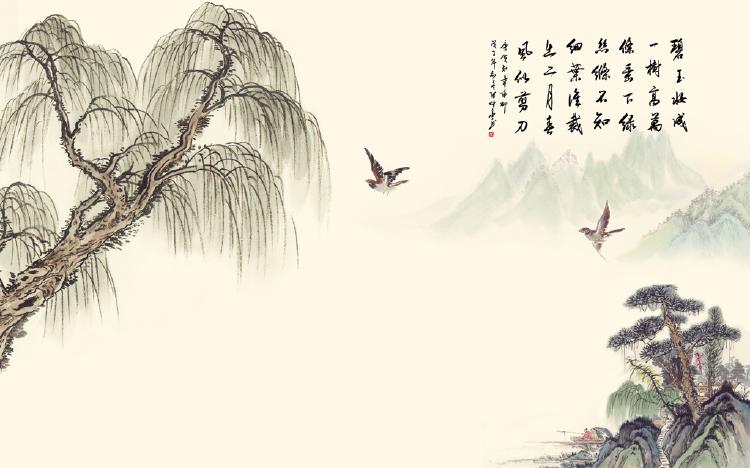
不知细叶谁裁出，二月春风似剪刀。